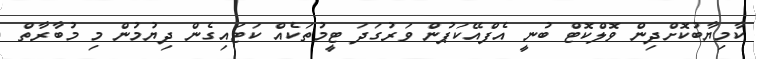
ކާމިޔާބުކޮށްދިން ވޮލްކޮޓް ބުނީ އެފްއޭކަޕުން ވަރުގަދަ ޓީމުތަކެއް ކަޓައިގެން ދިޔުމުން މި މުބާރާތް